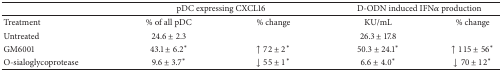
<table><thead><tr><td><b> </b></td><td colspan="2"><b>pDC expressing CXCL16 </b></td><td colspan="2"><b>D-ODN induced IFN<i>α</i> production</b></td></tr></thead><tbody><tr><td>Treatment</td><td>% of all pDC</td><td>% change</td><td>KU/mL</td><td>% change</td></tr><tr><td>Untreated</td><td>24.6 ± 2.3</td><td> </td><td>26.3 ± 17.8</td><td> </td></tr><tr><td>GM6001</td><td>43.1 ± 6.2*</td><td>↑72 ± 2*</td><td>50.3 ± 24.1*</td><td>↑115 ± 56*</td></tr><tr><td>O-sialoglycoprotease</td><td> 9.6 ± 3.7*</td><td>↓55 ± 1*</td><td> 6.6 ± 4.0*</td><td>↓70 ± 12*</td></tr></tbody></table>